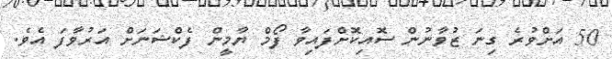
50 އަށްވުރެ ގިނަ ޒުވާނުން ސޮއިކޮށްފައިވާ ފޯމް ޔާމީން ފެކްޝަނަށް އަރުވާފަ އެވެ.